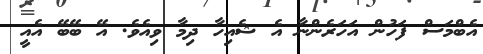
އެބްމަސް ފަހުން އަހަރެންނާ އެ ޝެއިހާ ދިމާ ވިއެވެ. އޭ ބޭބޭ އެއީ